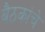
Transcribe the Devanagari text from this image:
बैठकांचे